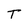
Character: T